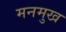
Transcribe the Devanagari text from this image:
मनमुख